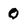
Character: 0